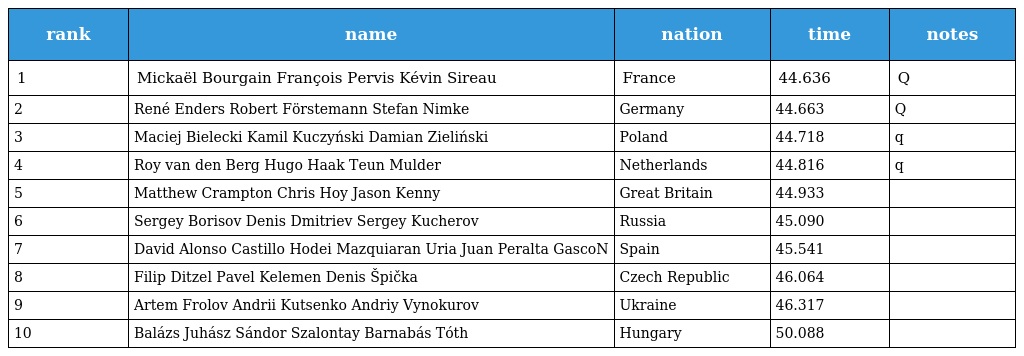
| rank | name | nation | time | notes |
 | --- | --- | --- | --- | --- |
 | 1 | Mickaël Bourgain François Pervis Kévin Sireau | France | 44.636 | Q |
 | 2 | René Enders Robert Förstemann Stefan Nimke | Germany | 44.663 | Q |
 | 3 | Maciej Bielecki Kamil Kuczyński Damian Zieliński | Poland | 44.718 | q |
 | 4 | Roy van den Berg Hugo Haak Teun Mulder | Netherlands | 44.816 | q |
 | 5 | Matthew Crampton Chris Hoy Jason Kenny | Great Britain | 44.933 |  |
 | 6 | Sergey Borisov Denis Dmitriev Sergey Kucherov | Russia | 45.090 |  |
 | 7 | David Alonso Castillo Hodei Mazquiaran Uria Juan Peralta GascoN | Spain | 45.541 |  |
 | 8 | Filip Ditzel Pavel Kelemen Denis Špička | Czech Republic | 46.064 |  |
 | 9 | Artem Frolov Andrii Kutsenko Andriy Vynokurov | Ukraine | 46.317 |  |
 | 10 | Balázs Juhász Sándor Szalontay Barnabás Tóth | Hungary | 50.088 |  |